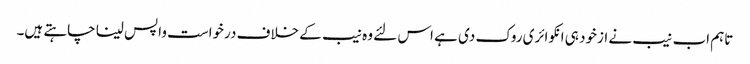
تاہم اب نیب نے ازخود ہی انکوائری روک دی ہے اس لئے وہ نیب کے خلاف درخواست واپس لینا چاہتے ہیں۔